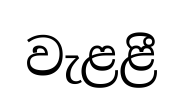
වැළළී